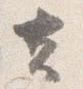
去